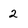
Character: 2